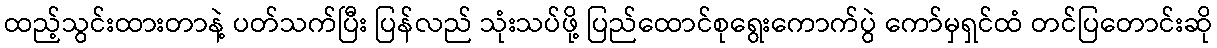
ထည့်သွင်းထားတာနဲ့ ပတ်သက်ပြီး ပြန်လည် သုံးသပ်ဖို့ ပြည်ထောင်စုရွေးကောက်ပွဲ ကော်မှရှင်ထံ တင်ပြတောင်းဆို